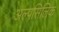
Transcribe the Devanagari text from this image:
अल्पसिलिक